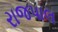
રાજપાલ